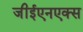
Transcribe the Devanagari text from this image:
जीईएनएक्स